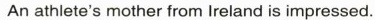
An athlete's mother from Ireland is impressed.